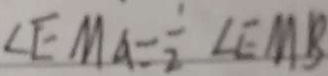
\angle E M A = \frac { 1 } { 2 } \angle E M B